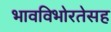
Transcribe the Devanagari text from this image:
भावविभोरतेसह